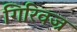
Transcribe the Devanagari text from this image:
गिरिवज्र